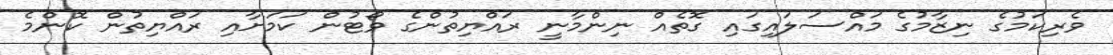
ވެރިކަމުގެ ނިޒާމުގެ މައްސަލައިގައި ގޮތެއް ނިންމާނީ ރައްޔިތުންގެ ވޯޓުން ކަމަށާއި ރައްޔިތުން ކޮންމެ